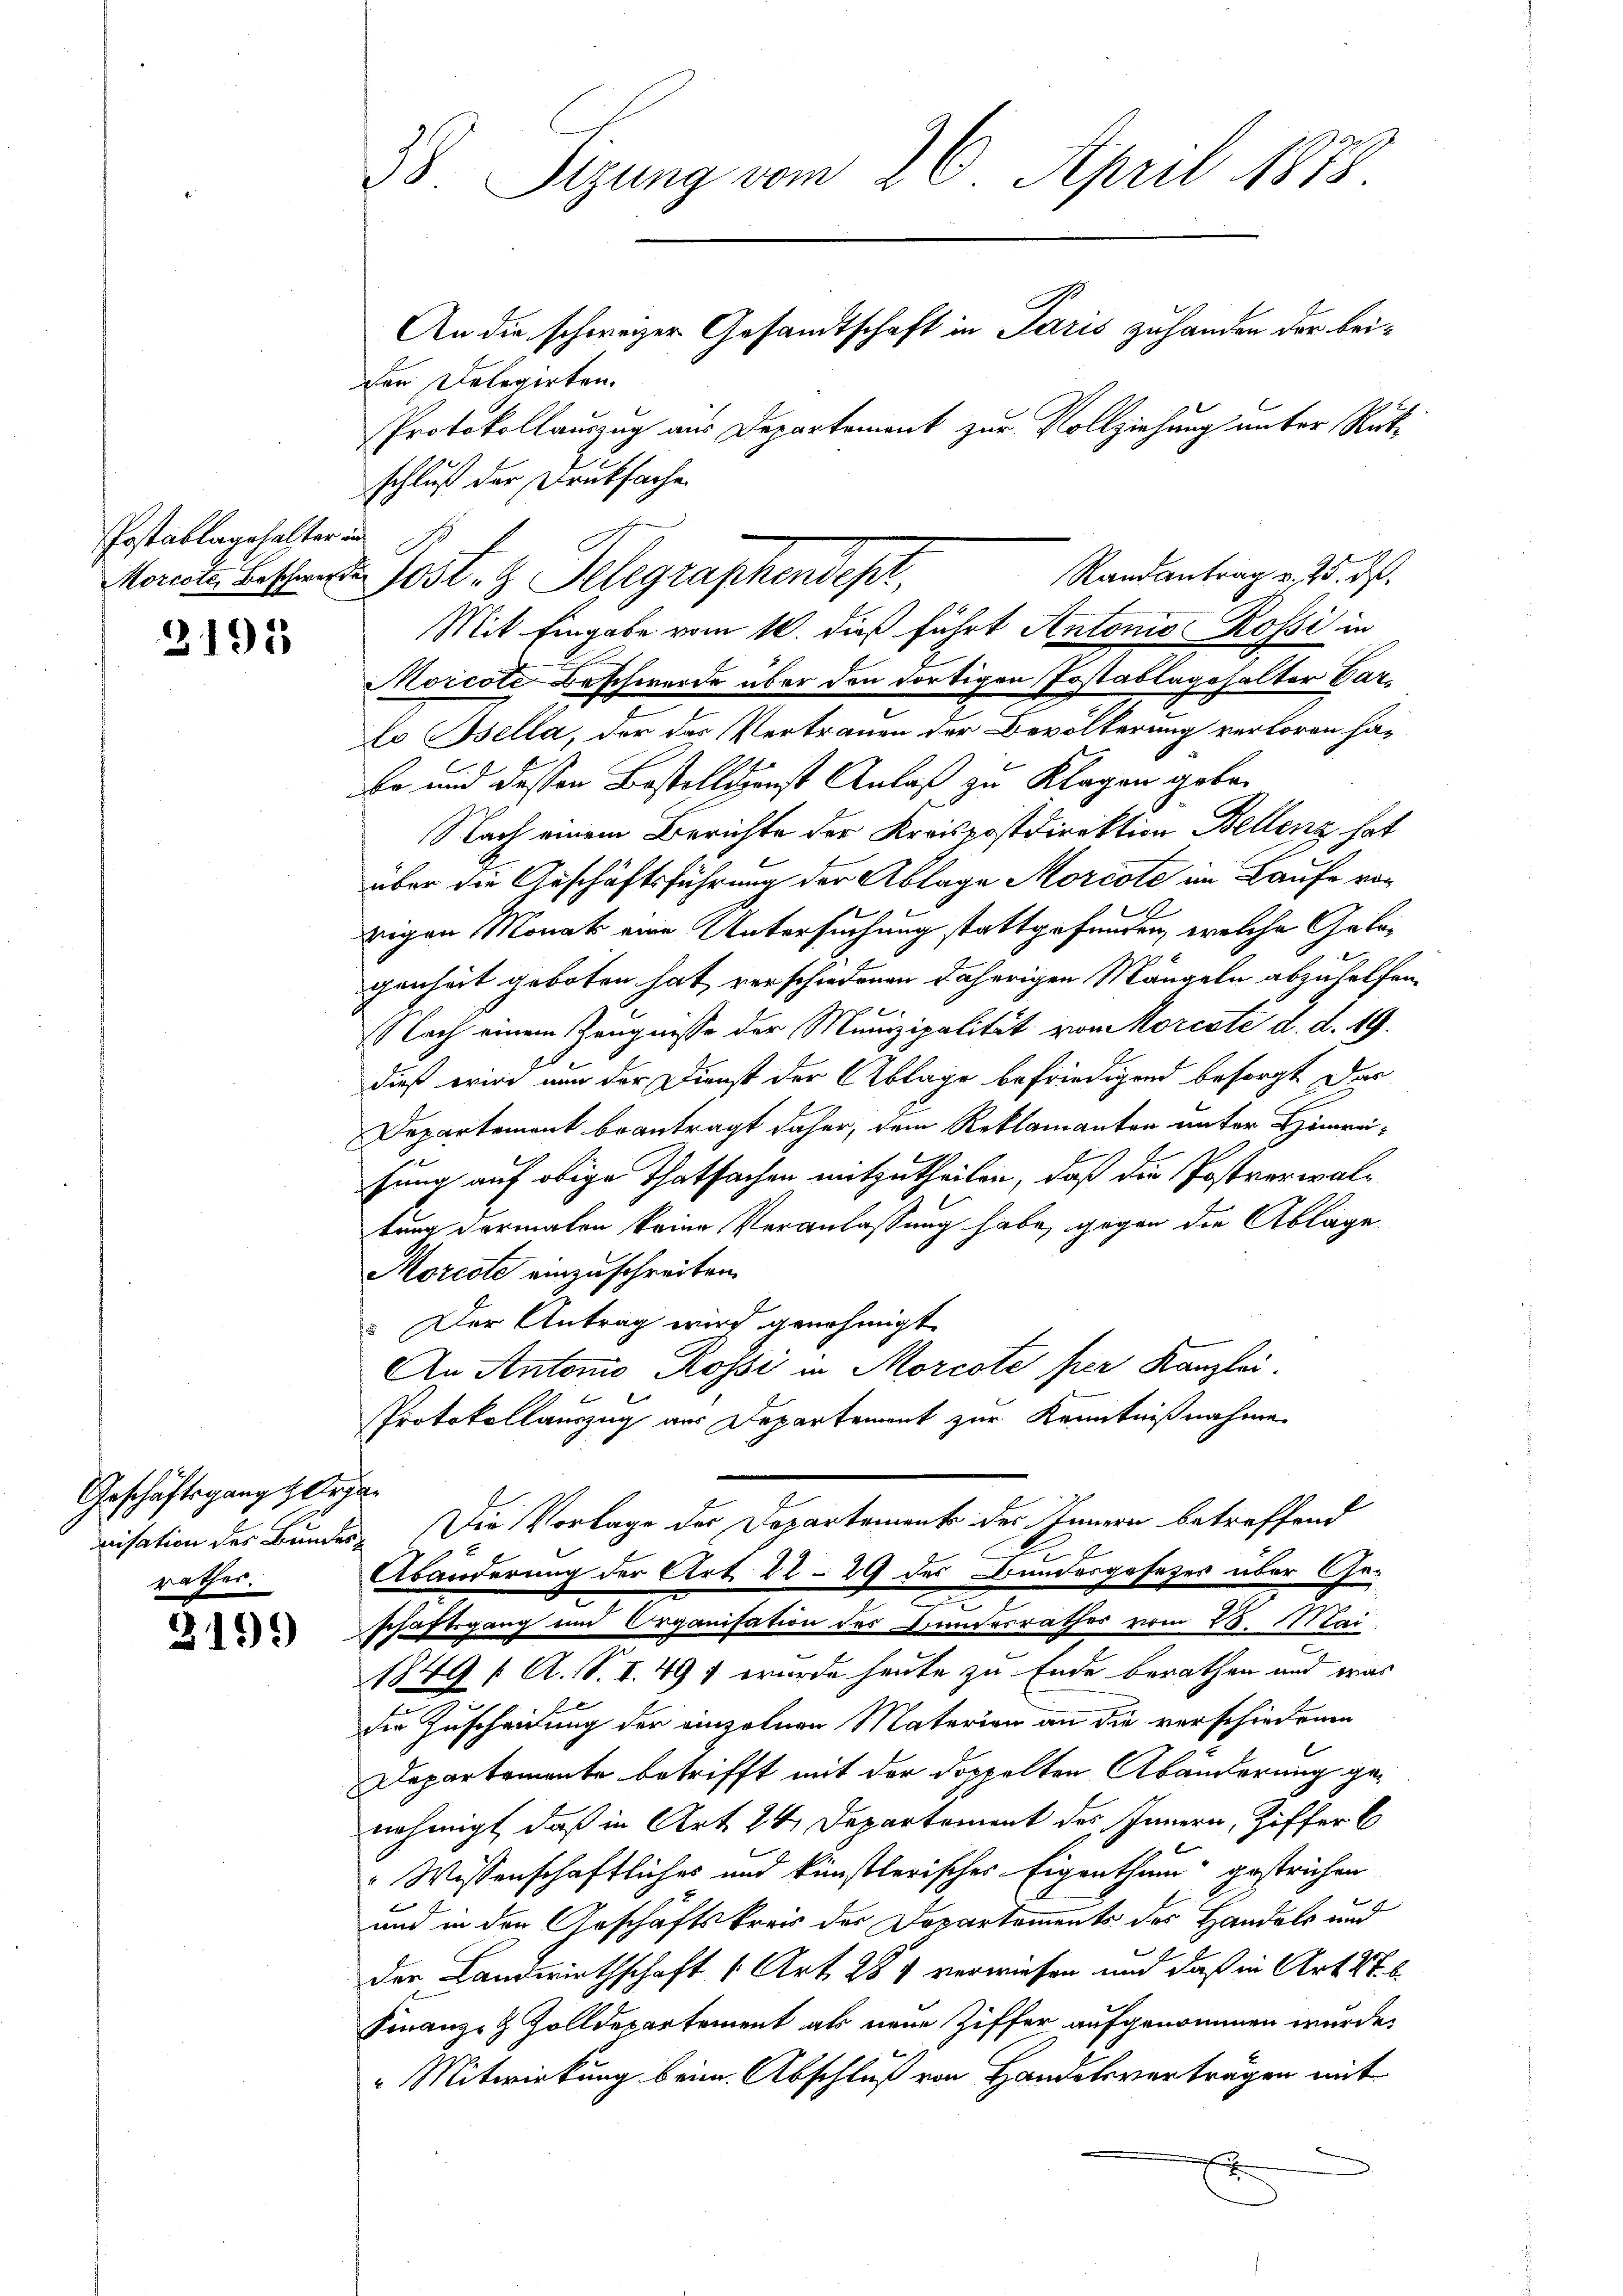
Postablagehalter und

3195

Geschäftsgang Organ
rathes.

2199

B. Sitzung vom 26. April 1878
An die schweizer Gesandtschaft in Paris zuhanden der beider Dolegirten.

Protokollauszug aus Departement zur Vollziehung unter Rükschluß der Druksache.
Monate Betten Post. H. Telegraphendept,
Mit Eingabe vom 10. dieß führt Antonio Rossi in
Morcote Beschwerde über den dortigen Postablagehalter Barlo Bsella, der des Vertrauen der Bevölkerung verloren ha¬
Ee und dessen Bestelldienst Anlaß zu Klagen geben
Nach einem Berichte der Kreispostdirektion Bellenz hat
über die Geschäftsführung der Ablage Morcote im Laufe vor
rigen Monat eine Untersuchung stattgefunden, welche Gabegenheit geboten hat verschiedenen daherigen Mängeln abzuhelfen.
l
(Nach einem Zeugnisse der Munizipalität von Morcote d. d. 19.
dieß wir nun der Dienst der Ablage befriedigend besorgt das
Departemont beantragt daher, dem Reklamanten unter Hinreisung auf obige Thatsachen mitzutheilen, daß die Postverwaltung dermalen keine Veranlassung habe, gegen die Ablage
Morcote einzuschreiben.
 Der Antrag wird genehmigt.
An Antonio Rossi in Morcote per Kanzlei.
Protokollauszug aus Departement zur Kenntnißnahme
risation des Bundes. Die Vorlage der Departemente des Innern betreffend
Abänderung der Art. 2229 des Bundesgesezes über Gee
schaftsgang und Organisation des Bundesrathes vom 28. Mai
1849 f. A. S. I. 497 wurde heute zu Ende berathen und was
die Zuscheidung der einzelnen Materien an die verschiedenen
Departemente betrifft mit der doppelten Abänderung genehmigt, daß in Art. 24. Departement des Innern, Ziffer b
Wissenschaftliches und künstlerisches Eigenthum gestrichen
und in den Geschäftskreis der Departements des Handels und
der Landwirthschaft (Art. 284 verwiesen und daß in Art. 47. b
Finanz- & Zolldepartement als neue Ziffer aufgenommen wurde.
" Mitwirkung beim Abschluß von Handelsverträgen mit

Randantrag v. 25. ds.